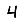
Digit: 4